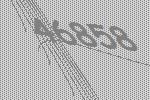
46858